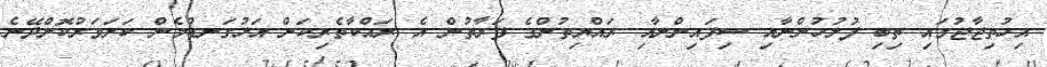
އިހުތިޖާޖުގައި ތިބި ފުލުހުންނާއި ސިފައިންނާއި ރައްޔިތުންގެ ފަރާތުން އެ ރައްކާތެރިކަން އަޅުގަނޑުމެން ކަށަވަރުކޮށްދޭނެ